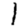
Digit: 1